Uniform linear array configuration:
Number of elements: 64
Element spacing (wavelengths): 1
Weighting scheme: cosine
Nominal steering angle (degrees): -30
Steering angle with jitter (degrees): -30.13
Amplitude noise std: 0.05
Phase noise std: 0.05

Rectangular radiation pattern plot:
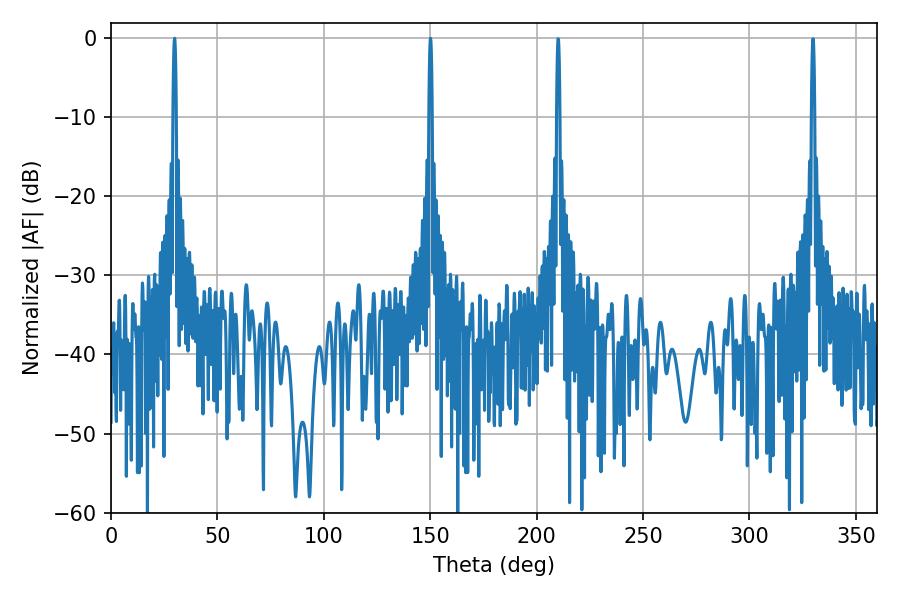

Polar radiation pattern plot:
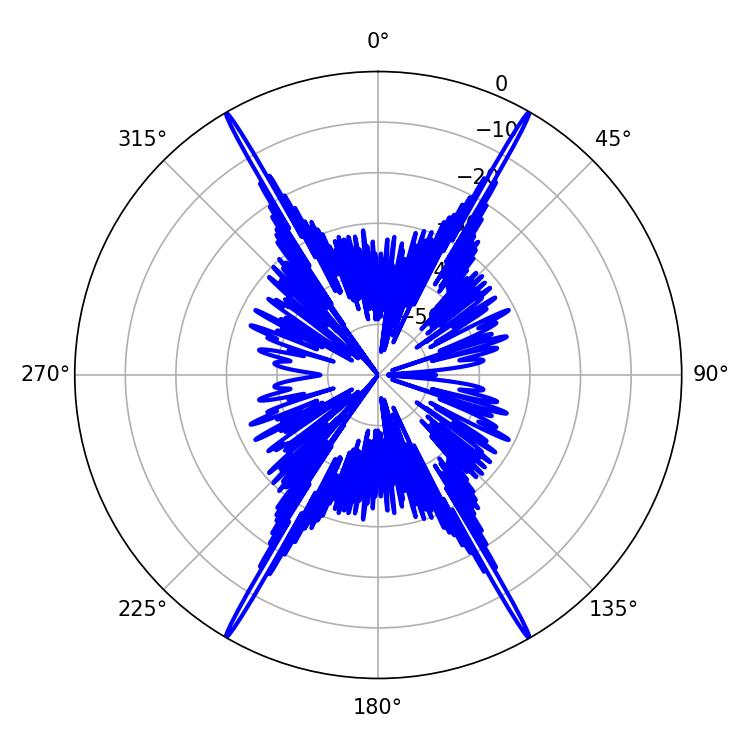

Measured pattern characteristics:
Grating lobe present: TRUE
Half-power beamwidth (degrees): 0.72
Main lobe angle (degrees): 29.88